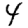
Digit: 4